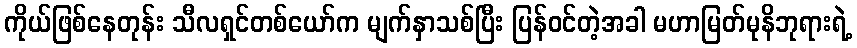
ကိုယ်ဖြစ်နေတုန်း သီလရှင်တစ်ယော်က မျက်နှာသစ်ပြီး ပြန်ဝင်တဲ့အခါ မဟာမြတ်မုနိဘုရားရဲ့